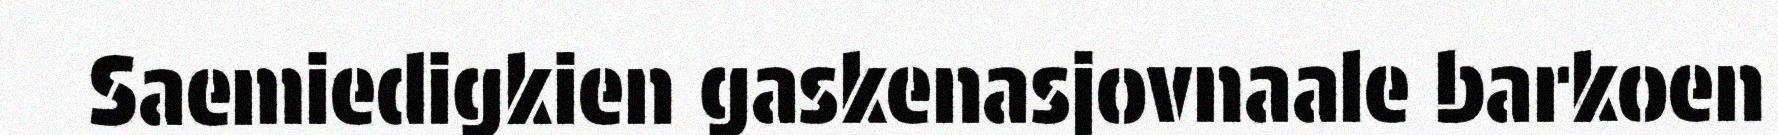
Saemiedigkien gaskenasjovnaale barkoen